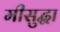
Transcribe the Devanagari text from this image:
मीसुद्धा